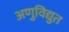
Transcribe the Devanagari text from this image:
अणुविद्युत